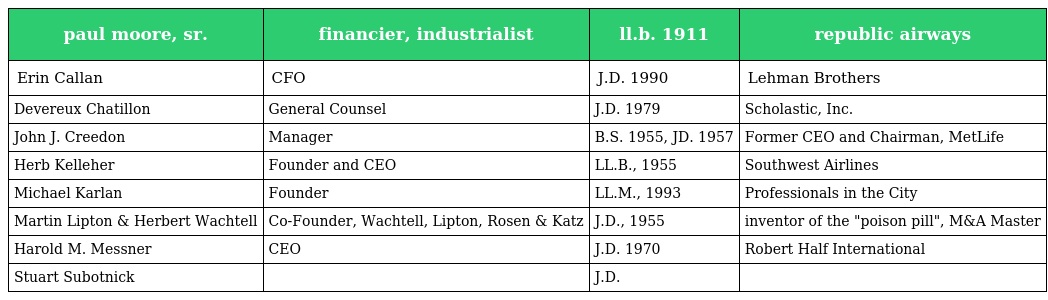
| paul moore, sr. | financier, industrialist | ll.b. 1911 | republic airways |
 | --- | --- | --- | --- |
 | Erin Callan | CFO | J.D. 1990 | Lehman Brothers |
 | Devereux Chatillon | General Counsel | J.D. 1979 | Scholastic, Inc. |
 | John J. Creedon | Manager | B.S. 1955, JD. 1957 | Former CEO and Chairman, MetLife |
 | Herb Kelleher | Founder and CEO | LL.B., 1955 | Southwest Airlines |
 | Michael Karlan | Founder | LL.M., 1993 | Professionals in the City |
 | Martin Lipton & Herbert Wachtell | Co-Founder, Wachtell, Lipton, Rosen & Katz | J.D., 1955 | inventor of the "poison pill", M&A Master |
 | Harold M. Messner | CEO | J.D. 1970 | Robert Half International |
 | Stuart Subotnick |  | J.D. |  |